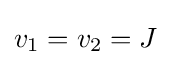
v_{1}=v_{2}=J